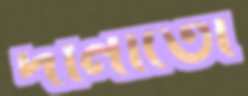
দানাতো